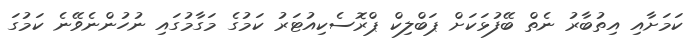
ކަމަށާއި އިތުބާރު ނެތް ބޭފުޅަކަށް ޕަބްލިކް ޕްރޮސެކިއުޓަރު ކަމުގެ މަގާމުގައި ނުހުންނެވޭނެ ކަމުގަ